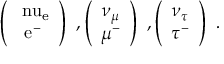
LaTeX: \left( \begin{array} { c } { { \mathrm { \ n u _ { e } } } } \\ { { \mathrm { e ^ { - } } } } \end{array} \right) ~ , \left( \begin{array} { c } { { \nu _ { \mu } } } \\ { { \mu ^ { - } } } \end{array} \right) ~ , \left( \begin{array} { c } { { \nu _ { \tau } } } \\ { { \tau ^ { - } } } \end{array} \right) ~ .